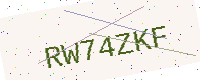
Text: RW74ZKF